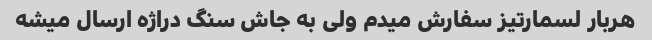
هربار لسمارتیز سفارش میدم ولی به جاش سنگ دراژه ارسال میشه